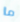
ما